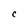
Character: C